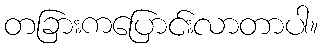
တခြားကပြောင်းလာတာပါ။